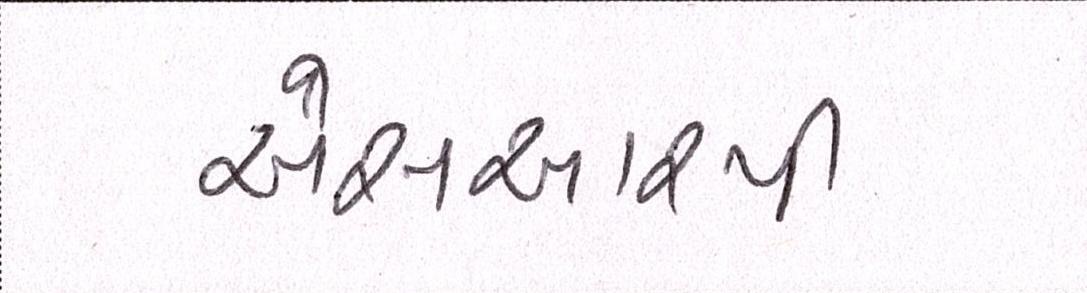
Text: એસઆરપી